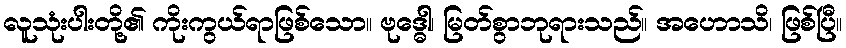
လူသုံးပါးတို့၏ ကိုးကွယ်ရာဖြစ်သော။ ဗုဒ္ဓေါ၊ မြတ်စွာဘုရားသည်။ အဟောသိ၊ ဖြစ်ပြီ။